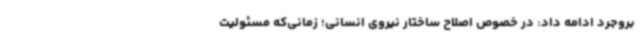
بروجرد ادامه داد: در خصوص اصلاح ساختار نیروی انسانی؛ زمانی‌که مسئولیت